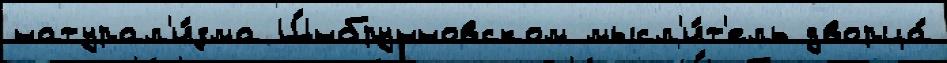
натурал'и́зма Ш́нбрунновском мысл'и́т'ель дворца́